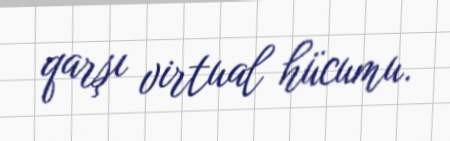
qarşı virtual hücumu.